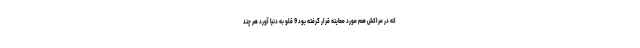
که در مراکش هم مورد معاینه قرار گرفته بود 9 قلو به دنیا آورد هر چند